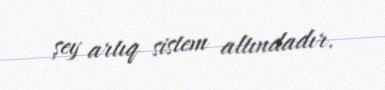
şey artıq sistem altındadır.